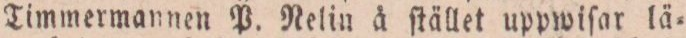
Timmermannen P. Nelin å ſtället uppwiſar lä=